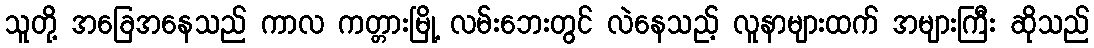
သူတို့ အခြေအနေသည် ကာလ ကတ္တားမြို့ လမ်းဘေးတွင် လဲနေသည့် လူနာများထက် အများကြီး ဆိုသည်